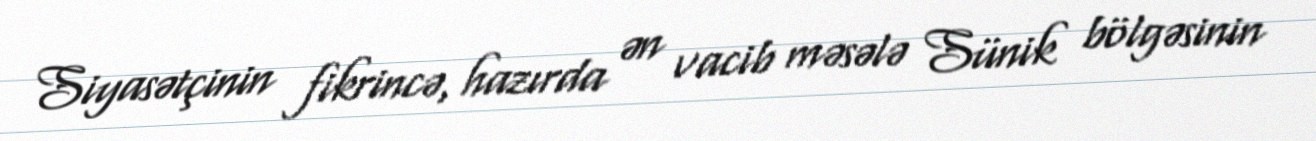
Siyasətçinin fikrincə, hazırda ən vacib məsələ Sünik bölgəsinin